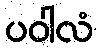
ပဝါလံ